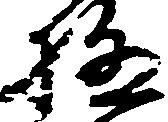
極